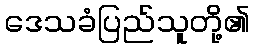
ဒေသခံပြည်သူတို့၏